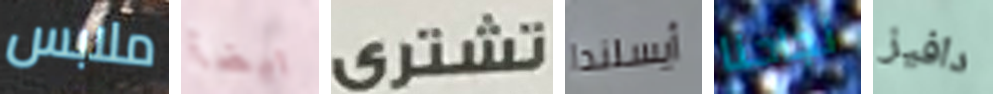
ملابس ايضآ تشترى أيسلندا نجاحنا دافيز